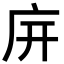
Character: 𢇩